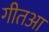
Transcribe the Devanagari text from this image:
गीतआ